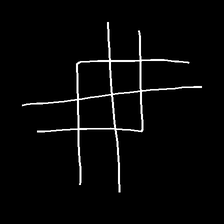
Glyph: crystal